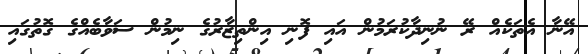
އޭނާ އެތަކެއް ރޭ ނުނިދާކުރަމުން އައި ފޮނި އިންތިޒާރުގެ ނިމުން ސަވާބެއްގެ ގޮތުގައި